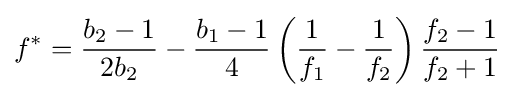
f^{*}={\frac {b_{2}-1}{2b_{2}}}-{\frac {b_{1}-1}{4}}\left({\frac {1}{f_{1}}}-{\frac {1}{f_{2}}}\right){\frac {f_{2}-1}{f_{2}+1}}\!